Vaccination in the Punjab 1905-1918 - 1905-1918
Year: 1905
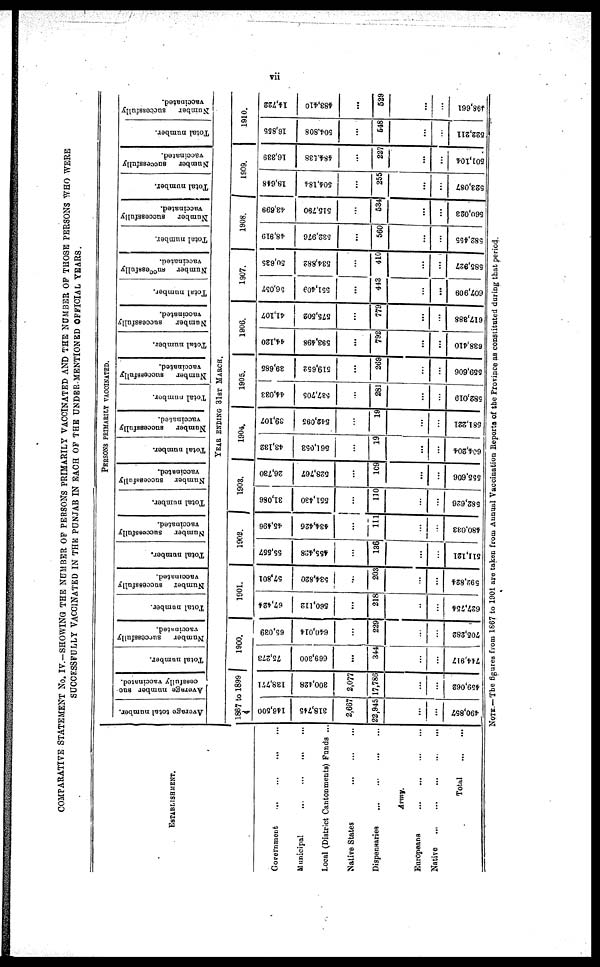
vii
COMPARATIVE STATEMENT No. IV.—SHOWING THE NUMBER OF PERSONS PRIMARILY VACCINATED AND THE NUMBER OF THOSE PERSONS WHO WERE
SUCCESSFULLY VACCINATED IN THE PUNJAB IN EACH OF THE UNDER MENTIONED OFFICIAL YEARS.
ESTABLISHMENT.
Government
...
...
...
...
Municipal
...
...
...
...
Local (District Cantonments) Funds ...
Native States
...
...
...
...
Dispensaries
...
...
...
...
Army.
Europeans
...
...
...
...
Native
...
...
...
...
Total
...
PERSONS PRIMARILY VACCINATED.
Average total number.
Average number suc¬
cessfully vaccinated.
Total number.
Number
successfully
vaccinated.
Total number.
Number
successfully
vaccinated.
Total number.
Number
successfully
vaccinated.
Total number.
Number
successfully
vaccinated.
Total number.
Number
successfully
vaccinated.
Total number.
Number
successfully
vaccinated.
Total number.
Number
successfully
vaccinated.
Total number.
Number
successfully
vaccinated.
Total number.
Number
successfully
vaccinated.
Total number.
Number successfully
vaccinated.
Total number.
Number
successfully
vaccinated.
YEAR ENDING 31ST MARCH.
1867 to 1899
146,500
318,745
2,667
22,945
...
...
490,857
138,771
300,428
2,077
17,786
...
...
459,062
1900.
75,273
669,300
...
344
...
...
744,917
65,039
640,014
...
229
...
...
705,282
1901.
67,424
560,112
...
218
...
...
627,754
57,801
534,820
...
203
...
...
592,824
1902.
55,557
455,428
...
136
...
...
511,121
45,496
434,426
...
111
...
...
480,033
1903.
31,086
551,430
...
110
...
...
582,626
26,730
528,767
...
109
...
...
555,606
1904.
43,132
561,053
...
19
...
...
604,204
39,107
542,095
...
19
...
581,221
1905.
44,033
537,705
...
281
...
...
582,019
39,685
519,652
...
269
...
...
559,606
1906.
44,120
593,498
...
792
...
...
638,410
41,107
575,502
...
779
...
...
617,388
1907.
56,057
551,409
...
443
...
...
607,909
50,635
534,882
...
410
...
...
585,927
1908.
48,919
532,976
...
560
...
...
582,455
43,699
515,790
...
534
...
...
560,023
1909.
18,648
504,184
...
255
...
...
523,087
16,339
484,538
...
227
...
...
501,104
1910.
16,855
504,808
...
548
...
...
522,211
14,722
483,410
...
529
...
...
498,661
NOTE.—The figures from 1867 to 1901 are taken from Annual Vaccination Reports of the Province as constituted during that period.